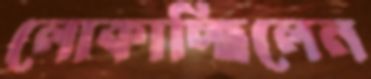
লোকাচ্ছিলেন